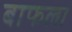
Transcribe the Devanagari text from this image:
बाफला